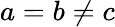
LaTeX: a=b\neq c